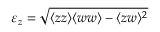
\varepsilon _ { z } = \sqrt { \langle { z z } \rangle \langle { w w } \rangle - \langle { z w } \rangle ^ { 2 } }